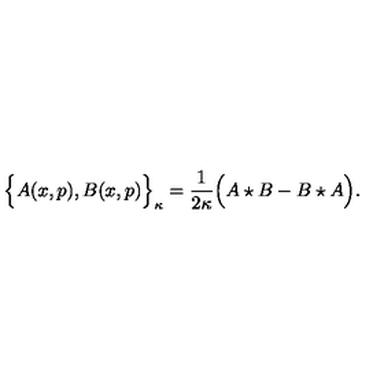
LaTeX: \Big \{ A ( x , p ) , B ( x , p ) \Big \} _ { \kappa } = \frac { 1 } { 2 \kappa } \Big ( A \star B - B \star A \Big ) .